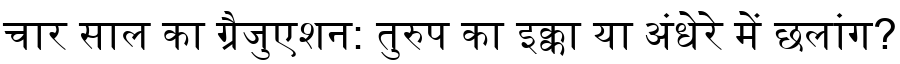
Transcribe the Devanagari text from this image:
चार साल का ग्रैजुएशन: तुरुप का इक्का या अंधेरे में छलांग?